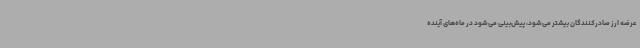
عرضه ارز صادرکنندگان بیشتر می‌شود، پیش‌بینی می‌شود در ماه‌های آینده